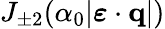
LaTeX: J_{\pm 2}(\alpha_{0}|\boldsymbol{\varepsilon}\cdot{\mathbf{q}}|)